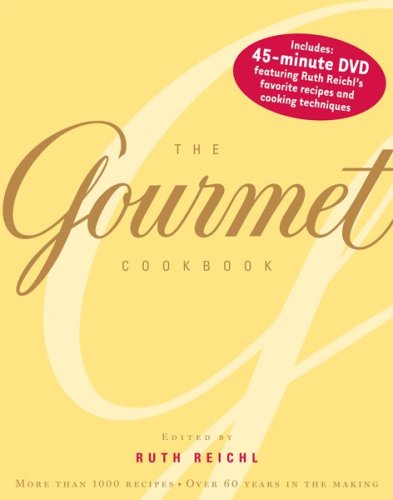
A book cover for The Gourmet Cookbook: More than 1000 recipes; Cookbooks, Food & Wine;